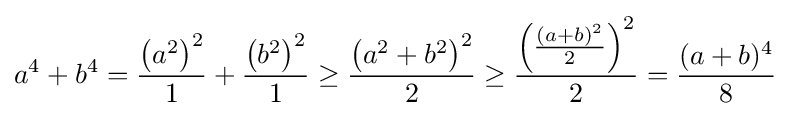
a^{4}+b^{4}={\frac {\left(a^{2}\right)^{2}}{1}}+{\frac {\left(b^{2}\right)^{2}}{1}}\geq {\frac {\left(a^{2}+b^{2}\right)^{2}}{2}}\geq {\frac {\left({\frac {(a+b)^{2}}{2}}\right)^{2}}{2}}={\frac {(a+b)^{4}}{8}}